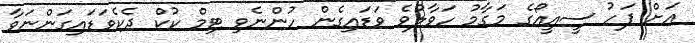
އަށް ފަހު ސީއީއޯގެ މަގާމު ހަވާލުވެ ވަޑައިގެން ހުންނެވި ޓިމް ކުކް ދެކެވަޑައިގަންނަވާ